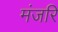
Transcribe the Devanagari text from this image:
मंजरि